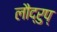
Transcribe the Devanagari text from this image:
लौद्रुप्